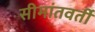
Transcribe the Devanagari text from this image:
सीमांतवर्ती